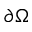
\partial \Omega